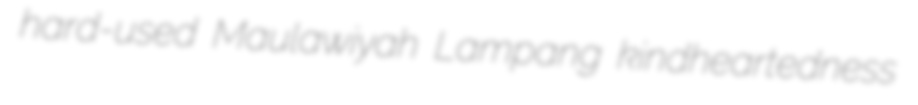
hard-used Maulawiyah Lampang kindheartedness